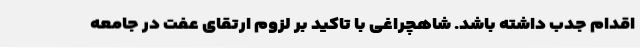
اقدام جدب داشته باشد. شاهچراغی با تاکید بر لزوم ارتقای عفت در جامعه